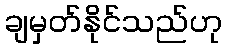
ချမှတ်နိုင်သည်ဟု